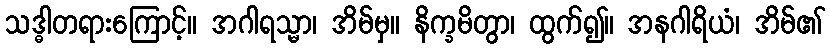
သဒ္ဓါတရားကြောင့်။ အဂါရသ္မာ၊ အိမ်မှ။ နိက္ခမိတွာ၊ ထွက်၍။ အနဂါရိယံ၊ အိမ်၏